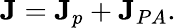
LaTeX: \textbf{J}=\textbf{J}_{p}+\textbf{J}_{PA}.